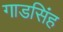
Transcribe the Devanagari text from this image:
गाडसिंह